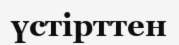
үстірттен